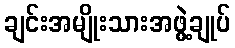
ချင်းအမျိုးသားအဖွဲ့ချုပ်